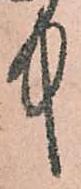
中